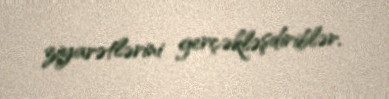
ziyarətlərini gerçəkləşdiriblər.